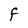
Character: F